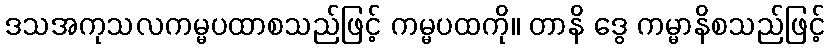
ဒသအကုသလကမ္မပထာစသည်ဖြင့် ကမ္မပထကို။ တာနိ ဒွေ ကမ္မာနိစသည်ဖြင့်